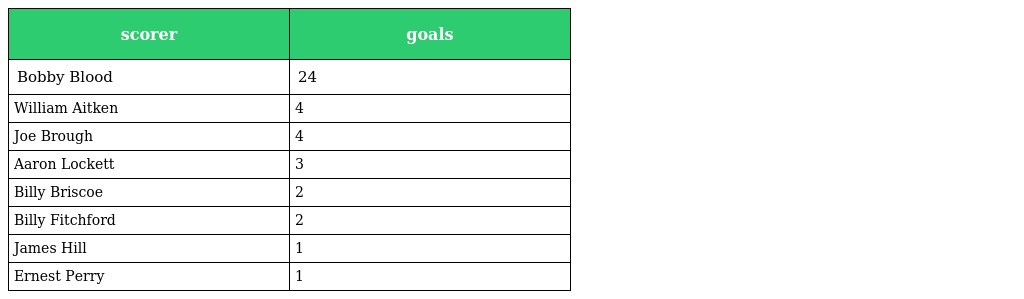
| scorer | goals |
 | --- | --- |
 | Bobby Blood | 24 |
 | William Aitken | 4 |
 | Joe Brough | 4 |
 | Aaron Lockett | 3 |
 | Billy Briscoe | 2 |
 | Billy Fitchford | 2 |
 | James Hill | 1 |
 | Ernest Perry | 1 |